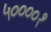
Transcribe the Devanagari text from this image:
५००००१